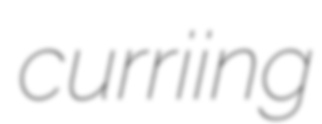
curriing